Indian Medical Review
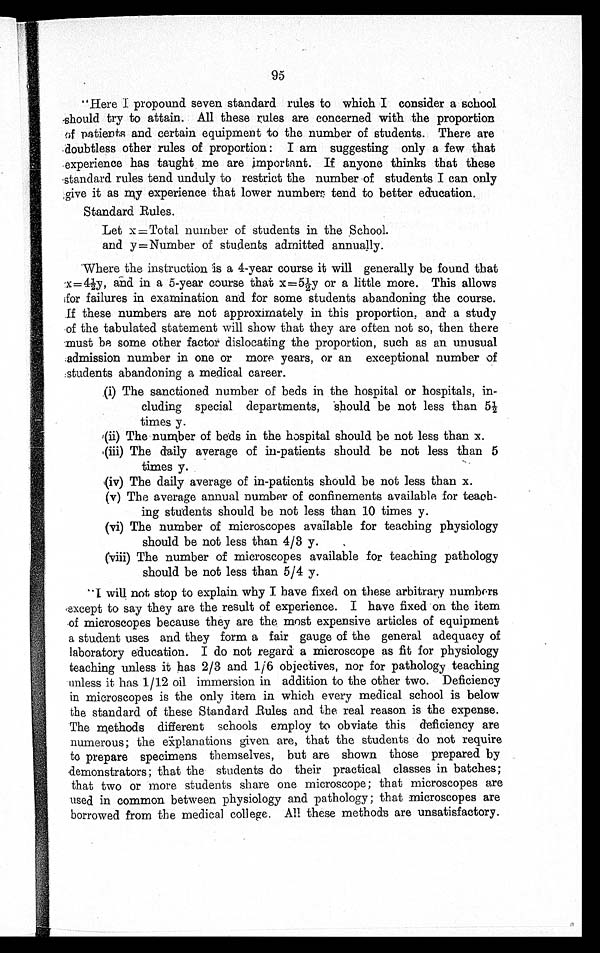
95
"Here I propound seven standard rules to which I consider a school
should try to attain. All these rules are concerned with the proportion
of patients and certain equipment to the number of students. There are
doubtless other rules of proportion: I am suggesting only a few that
experience has taught me are important. If anyone thinks that these
standard rules tend unduly to restrict the number of students I can only
give it as my experience that lower numbers tend to better education.
Standard Rules.
Let x = Total number of students in the School.
and y = Number of students admitted annually.
Where the instruction is a 4-year course it will generally be found that
x=4½y, and in a 5-year course that x=5½y or a little more. This allows
for failures in examination and for some students abandoning the course.
If these numbers are not approximately in this proportion, and a study
of the tabulated statement will show that they are often not so, then there
must be some other factor dislocating the proportion, such as an unusual
admission number in one or more years, or an exceptional number of
students abandoning a medical career.
(i) The sanctioned number of beds in the hospital or hospitals, in-
cluding special departments, should be not less than 5½
times y.
(ii) The number of beds in the hospital should be not less than x.
(iii) The daily average of in-patients should be not less than 5
times y.
(iv) The daily average of in-patients should be not less than x.
(v) The average annual number of confinements available for teach-
ing students should be not less than 10 times y.
(vi) The number of microscopes available for teaching physiology
should be not less than 4/3 y.
(viii) The number of microscopes available for teaching pathology
should be not less than 5/4 y .
I will not stop to explain why I have fixed on these arbitrary numbers
except to say they are the result of experience. I have fixed on the item
of microscopes because they are the most expensive articles of equipment
a student uses and they form a fair gauge of the general adequacy of
laboratory education. I do not regard a microscope as fit for physiology
teaching unless it has 2/3 and 1/6 objectives, nor for pathology teaching
unless it has 1/12 oil immersion in addition to the other two. Deficiency
in microscopes is the only item in which every medical school is below
the standard of these Standard Rules and the real reason is the expense.
The methods different schools employ to obviate this deficiency are
numerous; the explanations given are, that the students do not require
to prepare specimens themselves, but are shown those prepared by
demonstrators; that the students do their practical classes in batches;
that two or more students share one microscope; that microscopes are
used in common between physiology and pathology; that microscopes are
borrowed from the medical college. All these methods are unsatisfactory.